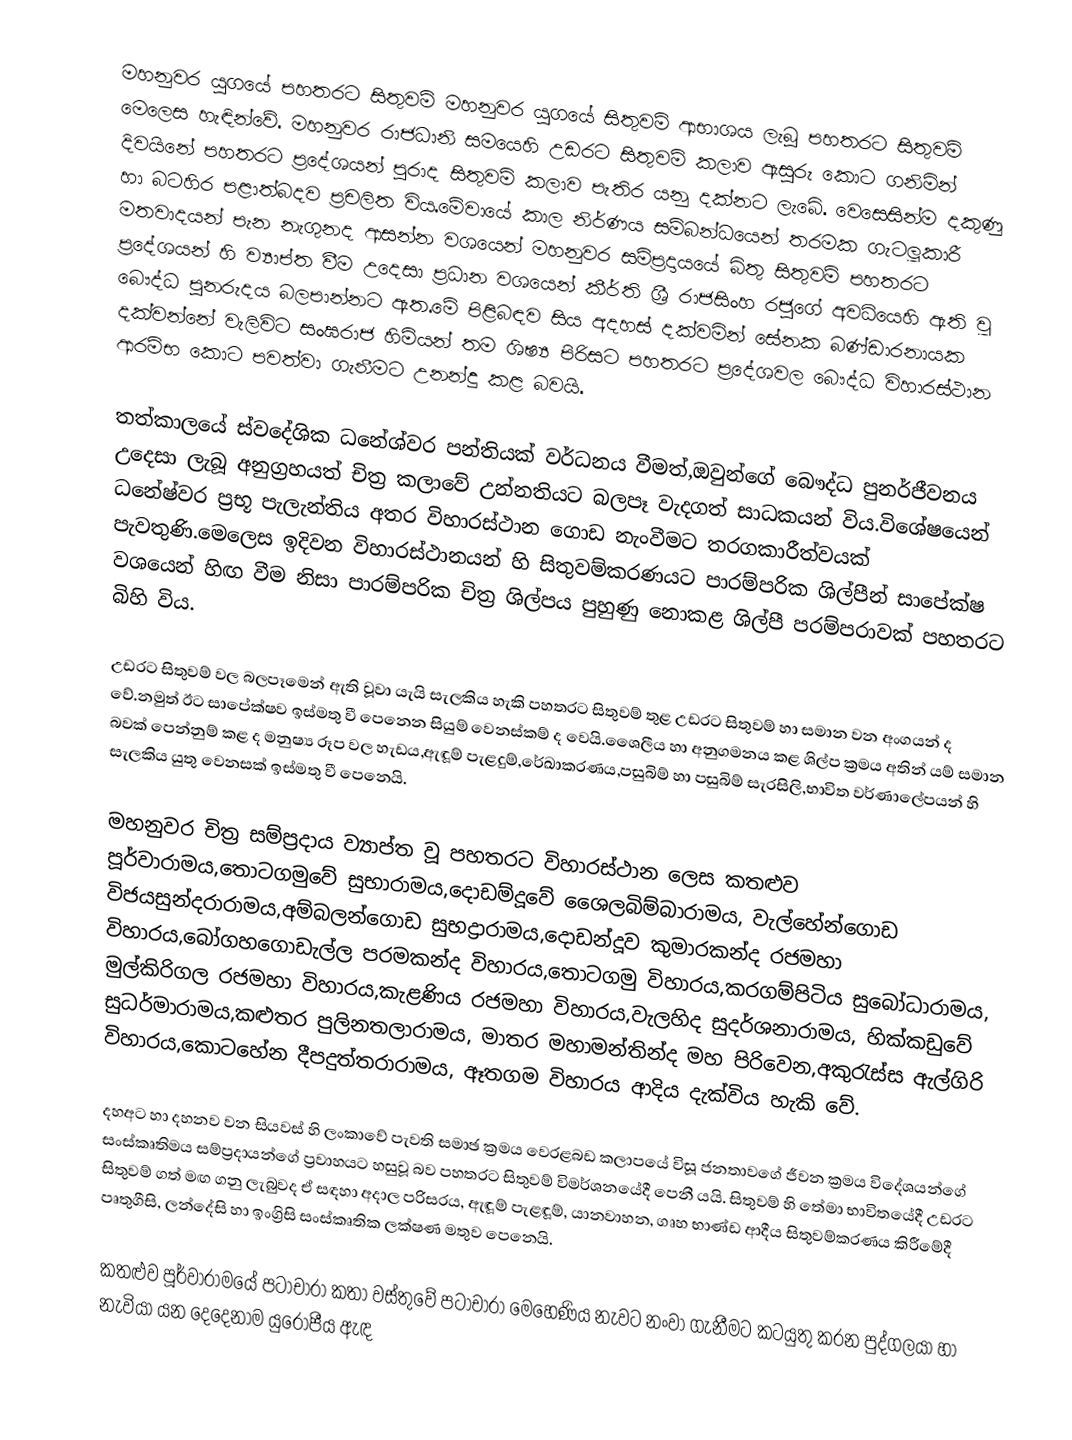
මහනුවර යුගයේ පහතරට සිතුවම් මහනුවර යුගයේ සිතුවම් ආභාශය ලැබූ පහතරට සිතුවම් මෙලෙස හැඳින්වේ. මහනුවර රාජධානි සමයෙහි උඩරට සිතුවම් කලාව ඇසුරු කොට ගනිමින් දිවයිනේ පහතරට ප්‍රදේශයන් පුරාද සිතුවම් කලාව පැතිර යනු දක්නට ලැබේ. වෙසෙසින්ම දකුණු හා බටහිර පළාත්බදව ප්‍රචලිත විය.මේවායේ කාල නිර්ණය සම්බන්ධයෙන් තරමක ගැටලූකාරී මතවාදයන් පැන නැගුනද ආසන්න වශයෙන් මහනුවර සම්ප්‍රදායයේ බිතු සිතුවම් පහතරට ප්‍රදේශයන් හි ව්‍යාප්ත වීම උදෙසා ප්‍රධාන වශයෙන් කීර්ති ශ්‍රී රාජසිංහ රජුගේ අවධියෙහි ඇති වූ බෞද්ධ පුනරුදය බලපාන්නට ඇත.මේ පිළිබඳව සිය අදහස් දක්වමින් සේනක බණ්ඩාරනායක දක්වන්නේ වැලිවිට සංඝරාජ හිමියන් තම ශිෂ්‍ය පිරිසට පහතරට ප්‍රදේශවල බෞද්ධ විහාරස්ථාන ආරම්භ කොට පවත්වා ගැනීමට උනන්දු කළ බවයි.

තත්කාලයේ ස්වදේශික ධනේශ්වර පන්තියක් වර්ධනය වීමත්,ඔවුන්ගේ බෞද්ධ පුනර්ජීවනය උදෙසා ලැබූ අනුග්‍රහයත් චිත්‍ර කලාවේ උන්නතියට බලපෑ වැදගත් සාධකයන් විය.විශේෂයෙන් ධනේෂ්වර ප්‍රභූ පැලැන්තිය අතර විහාරස්ථාන ගොඩ නැංවීමට තරගකාරීත්වයක් පැවතුණි.මෙලෙස ඉදිවන විහාරස්ථානයන් හි සිතුවම්කරණයට පාරම්පරික ශිල්පීන් සාපේක්ෂ වශයෙන් හිඟ වීම නිසා පාරම්පරික චිත්‍ර ශිල්පය පුහුණු නොකළ ශිල්පී පරම්පරාවක් පහතරට බිහි විය.

උඩරට සිතුවම් වල බලපෑමෙන් ඇති වූවා යැයි සැලකිය හැකි පහතරට    සිතුවම් තුළ උඩරට සිතුවම් හා සමාන වන අංගයන් ද වේ.නමුත් ඊට සාපේක්ෂව ඉස්මතු වී පෙනෙන සියුම් වෙනස්කම් ද වෙයි.ශෛලීය හා අනුගමනය කළ ශිල්ප ක්‍රමය අතින් යම් සමාන බවක් පෙන්නුම් කළ ද මනුෂ්‍ය රූප වල හැඩය,ඇඳූම් පැළදුම්,රේඛාකරණය,පසුබිම් හා පසුබිම් සැරසිලි,භාවිත වර්ණාලේපයන් හි සැලකිය යුතු වෙනසක් ඉස්මතු වී පෙනෙයි.

මහනුවර චිත්‍ර සම්ප්‍රදාය ව්‍යාප්ත වූ පහතරට විහාරස්ථාන ලෙස කතළුව පූර්වාරාමය,තොටගමුවේ සුභාරාමය,දොඩම්දූවේ ශෛලබිම්බාරාමය, වැල්හේන්ගොඩ විජයසුන්දරාරාමය,අම්බලන්ගොඩ සුභද්‍රාරාමය,දොඩන්දූව කුමාරකන්ද රජමහා විහාරය,බෝගහගොඩැල්ල පරමකන්ද විහාරය,තොටගමු විහාරය,කරගම්පිටිය සුබෝධාරාමය, මුල්කිරිගල රජමහා විහාරය,කැළණිය රජමහා විහාරය,වැලහිද සුදර්ශනාරාමය, හික්කඩුවේ සුධර්මාරාමය,කළුතර පුලිනතලාරාමය, මාතර මහාමන්තින්ද මහ පිරිවෙන,අකුරැස්ස ඇල්ගිරි විහාරය,කොටහේන දීපදුත්තරාරාමය, ඈතගම විහාරය ආදිය දැක්විය හැකි වේ.

දහඅට හා දහනව වන සියවස් හි ලංකාවේ පැවති සමාඡ ක්‍රමය වෙරළබඩ කලාපයේ විසූ ජනතාවගේ ජීවන ක්‍රමය විදේශයන්ගේ සංස්කෘතිමය සම්ප්‍රදායන්ගේ ප්‍රවාහයට හසුවූ බව පහතරට සිතුවම් විමර්ශනයේදී පෙනී යයි. සිතුවම් හි තේමා භාවිතයේදී උඩරට සිතුවම් ගත් මඟ ගනු ලැබුවද ඒ සඳහා අදාල පරිසරය, ඇඳූම් පැළඳූම්, යානවාහන, ගෘහ භාණ්ඩ ආදීය සිතුවම්කරණය කිරීමේදී පෘතුගීසි, ලන්දේසි හා ඉංග්‍රිසි සංස්කෘතික ලක්ෂණ මතුව පෙනෙයි.

කතළුව පූර්වාරාමයේ පටාචාරා කතා වස්තුවේ පටාචාරා මෙහෙණිය නැවට නංවා ගැනීමට කටයුතු කරන පුද්ගලයා හා නැවියා යන දෙදෙනාම යුරෝපීය ඇඳ